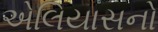
એલિયાસનો